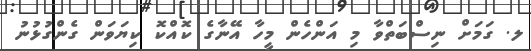
ލ. ގަމަށް ނިސްބަތްވާ މި އަންހެން މީހާ އޭނާގެ ކޮއްކޮ ކިޔަވަން ގެންގުޅުނު